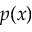
p ( x )